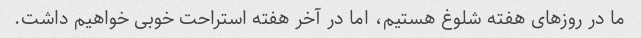
ما در روزهای هفته شلوغ هستیم، اما در آخر هفته استراحت خوبی خواهیم داشت.